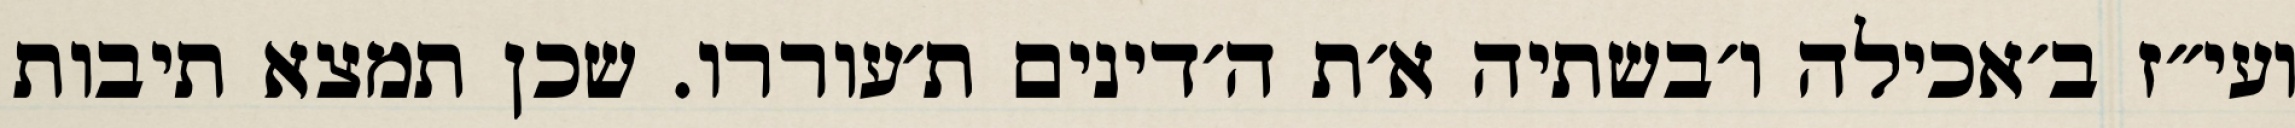
ועי״ז ב׳אכילה ו׳בשתיה א׳ת ה׳דינים ת׳עוררו. שכן תמצא תיבות